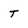
Character: t